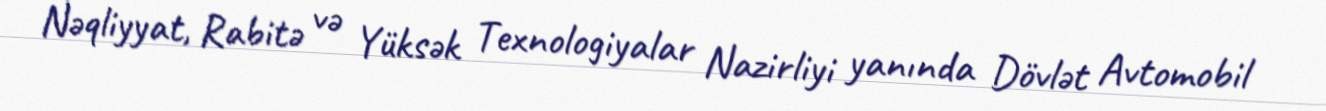
Nəqliyyat, Rabitə və Yüksək Texnologiyalar Nazirliyi yanında Dövlət Avtomobil